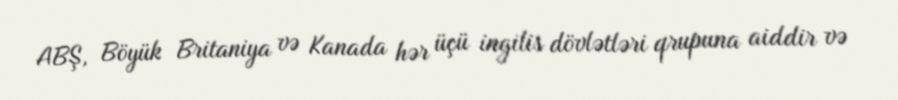
ABŞ, Böyük Britaniya və Kanada hər üçü ingilis dövlətləri qrupuna aiddir və